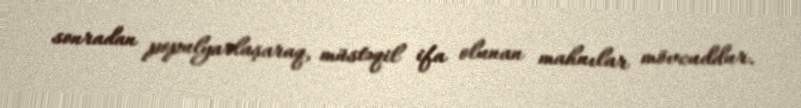
sonradan populyarlaşaraq, müstəqil ifa olunan mahnılar mövcuddur.